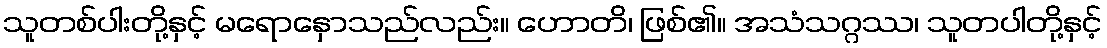
သူတစ်ပါးတို့နှင့် မရောနှောသည်လည်း။ ဟောတိ၊ ဖြစ်၏။ အသံသဂ္ဂဿ၊ သူတပါတို့နှင့်